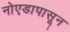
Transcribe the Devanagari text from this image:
नोएडापासून